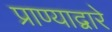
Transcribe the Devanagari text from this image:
प्राण्याद्वारे